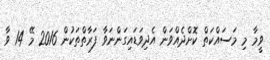
ވީމާ މި މަސައްކަތް ކޮށްދެއްވަން އެދިވަޑައިގަންނަވާ ފަރާތްތަކުން 2016 މޭ 14 ވާ